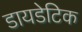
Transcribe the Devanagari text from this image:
डायडेटिक